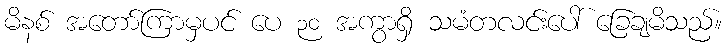
မိနစ် အတော်ကြာမှပင် ပေ ၃၀ အကွာရှိ သမံတလင်းပေါ် ခြေချမိသည်။